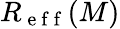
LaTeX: R_{\mathrm{~e~f~f~}}(M)